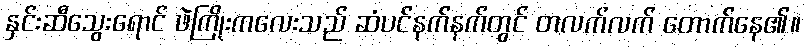
နှင်းဆီသွေးရောင် ဖဲကြိုးကလေးသည် ဆံပင်နက်နက်တွင် တလက်လက် တောက်နေ၏။